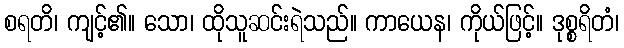
စရတိ၊ ကျင့်၏။ သော၊ ထိုသူဆင်းရဲသည်။ ကာယေန၊ ကိုယ်ဖြင့်။ ဒုစ္စရိတံ၊